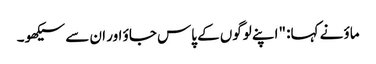
ماؤ نے کہا: "اپنے لوگوں کے پاس جاؤ اور ان سے سیکھو۔